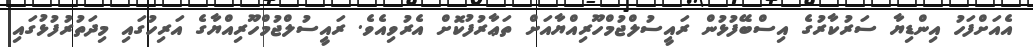
އެއަށްފަހު އިންޑިޔާ ސަރުކާރުގެ އިސްބޭފުޅުން ރައީސުލްޖުމްހޫރިއްޔާއަށް ތަޢާރުފުކޮށް އެރުވިއެވެ. ރައީސުލްޖުމްހޫރިއްޔާގެ އަރިހުގައި މިދަތުރުފުޅުގައި